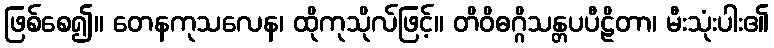
ဖြစ်စေ၍။ တေနကုသလေန၊ ထိုကုသိုလ်ဖြင့်။ တိဝိဓဂ္ဂိသန္တပပီဠိတာ၊ မီးသုံးပါး၏